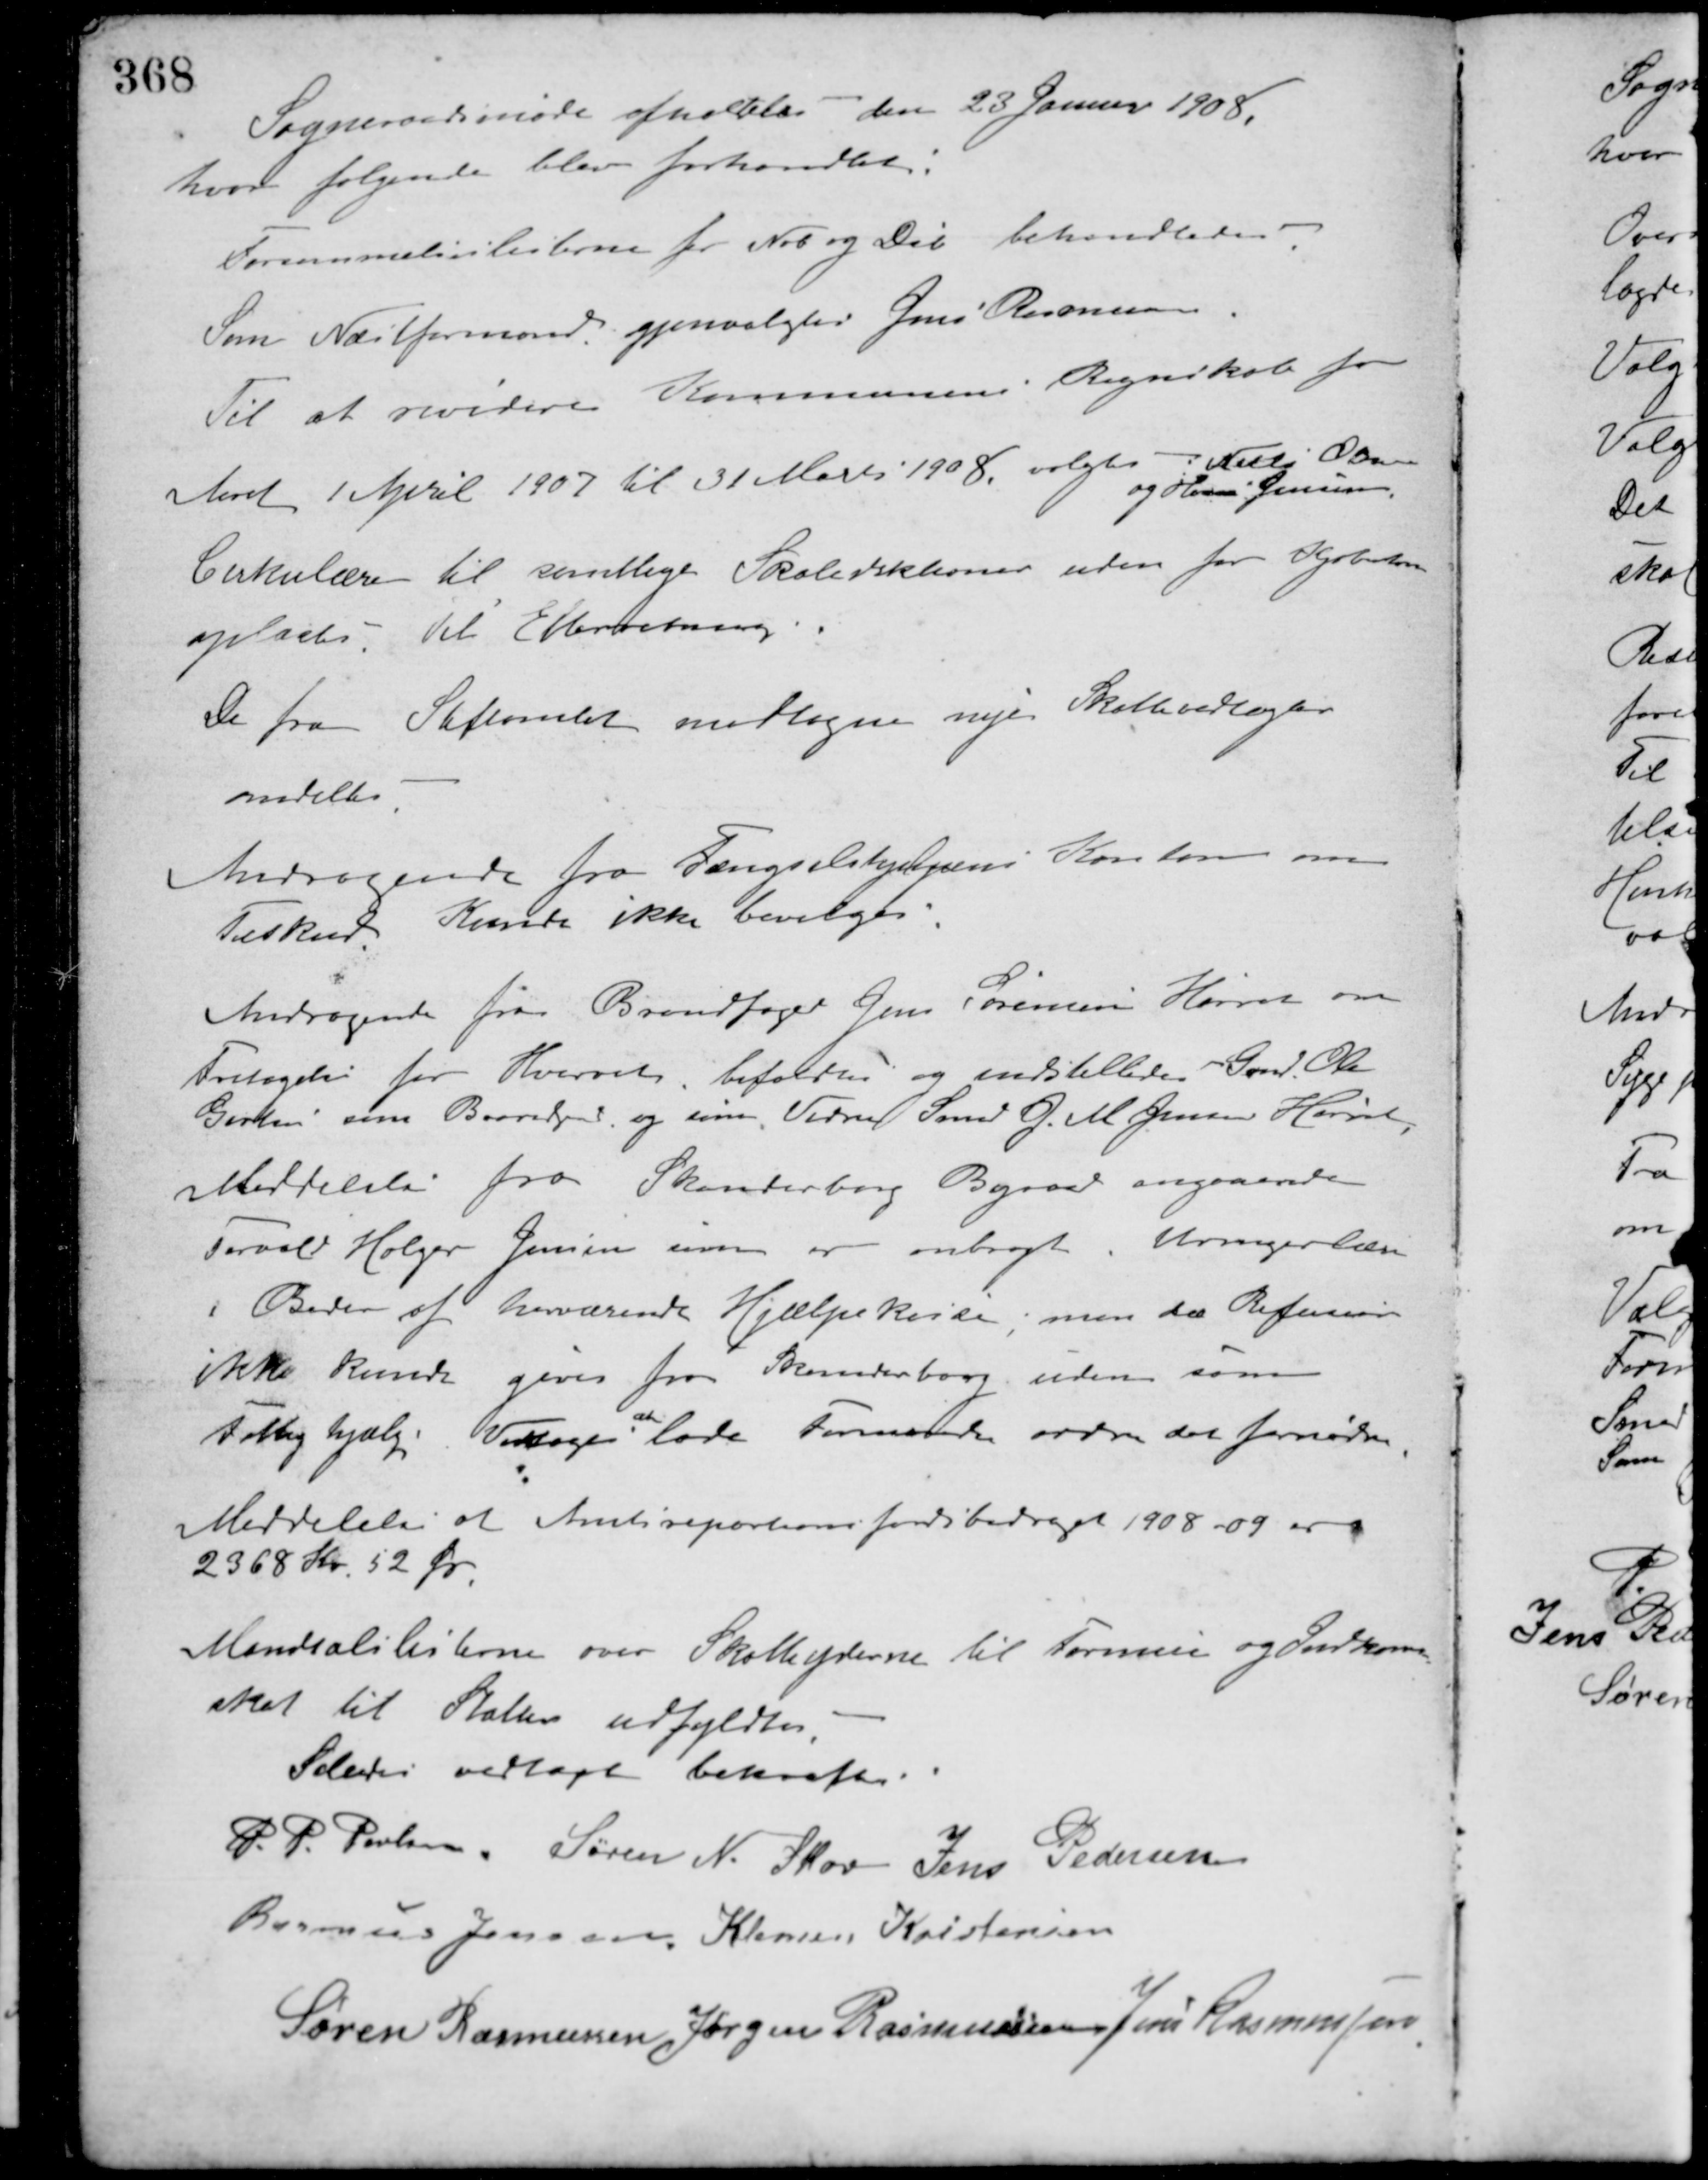
Transskription:
Sogneraadsmøde afholdtes den 23 Januar 1908.
hvor følgende blev forhandlet.
Forsømmelseslisterne for Nob. og Deb. behandledes.
Som Næstformand gjenvalgtes Jens Rasmussen.
Til at revidere Kommunens Regnskab for
Aaret 1 April 1907 til 31 Marts 1908 valgtes Niels Olsen
og Hans Jensen.
Cirkulære til samtlige Skoledirektioner uden for Kjøbenhavn
oplæstes. Til Efterretning.
De fra Stiftamtet modtagne nye Skolevedtægter
omdeltes.
Andragende fra Fængselshjælpens Kontor om
Tilskud. Kunde ikke bevilges
Andragende fra Brandfoged Jens Sørensen Hørret om
Fritagelse for Hvervet, bifaldes og indstilledes Gmd. Ole
Gertsen som Brandfoged, og som Vidne Smed G. M. Jensen Hørret.
Meddelelse fra Skanderborg Byraad angaaende
Torvald Holger Jensen som er anbragt i Urmagerlære
i Beder af herværende Hjælpekasse, men da Refusion
ikke kunde gives fra Skanderborg uden som
Fattighjælp. Vedtoges
at
lade Formanden ordne det fornødne.
Meddelelse at Amtsrepartionsfondsbidraget 1908 - 09 er
2368 Kr. 52 Øre.
Mandtalslisterne over Skatteyderne til Formue og Indkomst-
skat til Statten udfyldtes.
Saaledes vedtaget bekræftes
P. P. Poulsen Søren N. Skov Jens Pedersen
Rasmus Jensen Klemen Kristensen
Søren Rasmussen Jørgen Rasmussen Jens Rasmussen